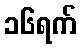
၁၆ရက်